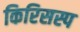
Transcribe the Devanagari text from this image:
किरिसस्प